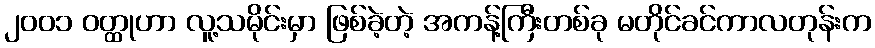
၂၀၀၁ ဝတ္ထုဟာ လူ့သမိုင်းမှာ ဖြစ်ခဲ့တဲ့ အကန့်ကြီးတစ်ခု မတိုင်ခင်ကာလတုန်းက